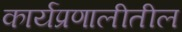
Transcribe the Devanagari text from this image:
कार्यप्रणालीतील